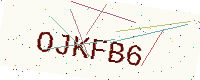
Text: OJKFB6